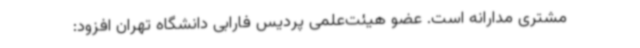
مشتری مدارانه است. عضو هیئت‌علمی پردیس فارابی دانشگاه تهران افزود: